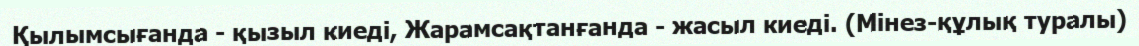
Қылымсығанда - қызыл киеді, Жарамсақтанғанда - жасыл киеді. (Мінез-құлық туралы)